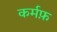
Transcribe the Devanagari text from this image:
कर्मफ़